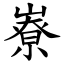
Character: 嶚